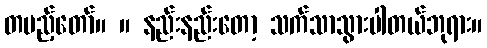
တပည့်တော်။ ။ နည်းနည်းတော့ သက်သာသွားပါတယ်ဘုရား။